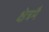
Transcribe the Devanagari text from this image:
क्षेत्रमै